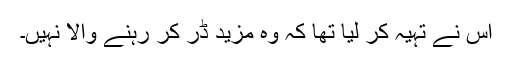
اس نے تہیّہ کر لیا تھا کہ وہ مزید ڈر کر رہنے والا نہیں۔